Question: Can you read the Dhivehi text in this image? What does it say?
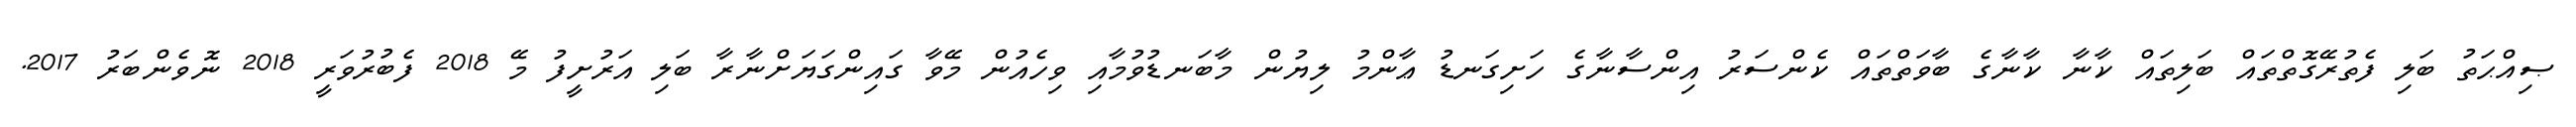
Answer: ޞިއްޙަތު ބަލި ފެތުރޭގޮތްތައް ބަލިތައް ކާނާ ކާނާގެ ބާވަތްތައް ކެންސަރު އިންސާނާގެ ހަށިގަނޑު ޢާންމު ލިޔުން މާބަނޑުވުމާއި ވިހެއުން މޭވާ ގައިންގަޔަށްނާރާ ބަލި އަރުށީފު މޭ 2018 ފެބުރުވަރީ 2018 ނޮވެންބަރު 2017.